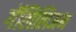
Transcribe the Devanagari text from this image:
गॅलिलिअन